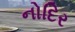
નોદિર